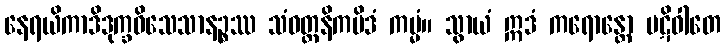
နေရယိကာဒိဒုက္ခဝိသေသာနဉ္စဿ သံဝတ္တနိကမိဒံ ကမ္မံ။ သွာယံ ဣဒံ ကရောန္တော ပဋိဝါတေ